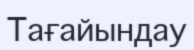
Тағайындау